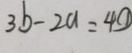
3 b - 2 a = 4 \textcircled { 1 }